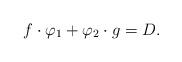
LaTeX: \begin{align*}f\cdot\varphi_{1}+\varphi_{2}\cdot g=D.\end{align*}